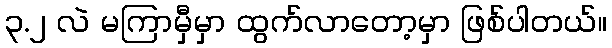
၃.၂ လဲ မကြာမှီမှာ ထွက်လာတော့မှာ ဖြစ်ပါတယ်။